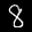
Label: 8